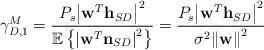
LaTeX: \begin{align*}{\gamma _{D,1}^M} = \frac{{{P_s}{{\left| {{{\bf{w}}^T}{{\bf{h}}_{SD}}} \right|}^{\rm{2}}}}}{{\mathbb{E}\left\{ {{{\left| {{{\bf{w}}^T}{{\bf{n}}_{SD}}} \right|}^2}} \right\}}} = \frac{{{P_s}{{\left| {{{\bf{w}}^T}{{\bf{h}}_{SD}}} \right|}^{\rm{2}}}}}{{{\sigma ^2}{{\left\| {\bf{w}} \right\|}^2}}}\end{align*}